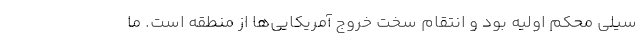
سیلی محکم اولیه بود و انتقام سخت خروج آمریکایی‌ها از منطقه است. ما